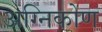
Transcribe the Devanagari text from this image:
अग्निकोण